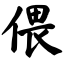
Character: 偎